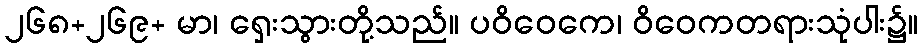
၂၆၈+၂၆၉+ မာ၊ ရှေးသွားတို့သည်။ ပဝိဝေကေ၊ ဝိဝေကတရားသုံပါး၌။